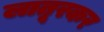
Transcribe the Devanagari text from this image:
लातूरकर